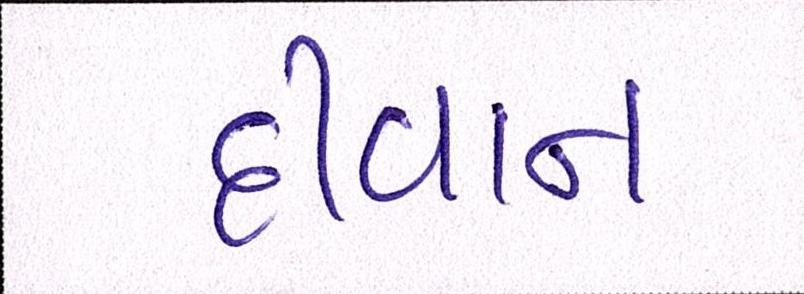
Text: દીવાન